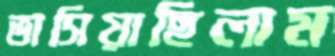
ভাসিয়াছিলাম